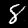
Label: 8